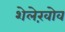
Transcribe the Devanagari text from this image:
शेलेख़ोव